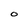
Character: O